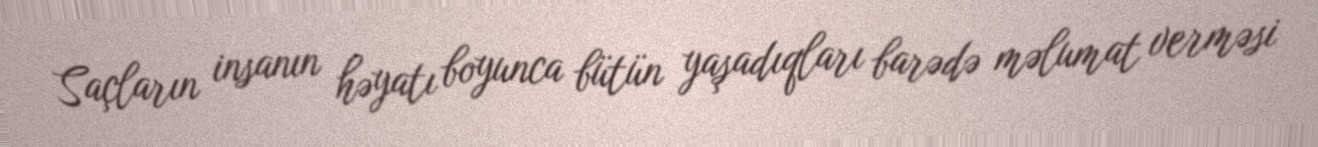
Saçların insanın həyatı boyunca bütün yaşadıqları barədə məlumat verməsi